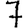
Digit: 7